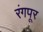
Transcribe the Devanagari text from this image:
रंगपूर